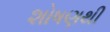
શોષણથી